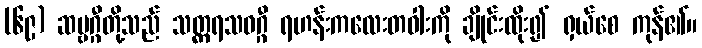
(၆၉) ဆဗ္ဗဂ္ဂီတို့သည် သတ္တ္ကရသဝဂ္ဂီ ရဟန်းကလေးတဝါးကို ချိုင်းထိုး၍ ရှယ်စေ ကုန်၏။